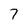
Character: 7